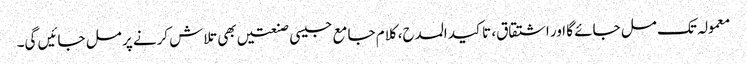
معمولہ تک مل جائے گا اور اشتقاق، تاکید المدح، کلام جامع جیسی صنعتیں بھی تلاش کرنے پر مل جائیں گی۔